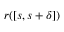
\boldsymbol { r } ( [ s , s + \delta ] )